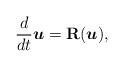
LaTeX: \begin{align*}\frac{d}{d t}\boldsymbol{u} = \mathbf{R}(\boldsymbol{u}),\end{align*}